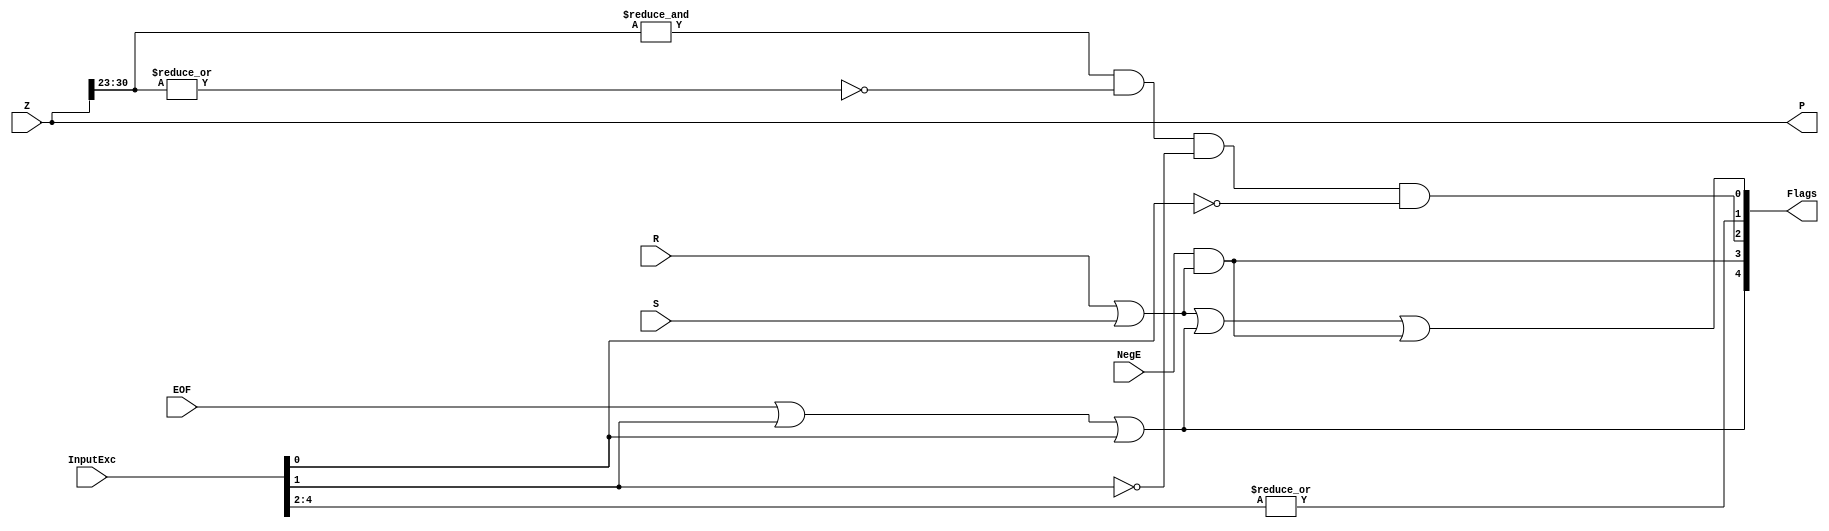
`timescale 1ns / 1ps

//////////////////////////////////////////////////////////////////////////////////
//
// Module Name:    FPAddSub_ExceptionModule 
// Project Name: 	 Floating Point Project
//
// Description:	 Check the final result for exception conditions and set
//						 flags accordingly.
//
//////////////////////////////////////////////////////////////////////////////////

module FPAddSub_ExceptionModule(
		Z,
		NegE,
		R,
		S,
		InputExc,
		EOF,
		P,
		Flags
    );
	 
	// Input ports
	input [31:0] Z	;					// Final product
	input NegE ;						// Negative exponent?
	input R ;							// Round bit
	input S ;							// Sticky bit
	input [4:0] InputExc ;			// Exceptions in inputs A and B
	input EOF ;
	
	// Output ports
	output [31:0] P ;					// Final result
	output [4:0] Flags ;				// Exception flags
	
	// Internal signals
	wire FSgn ;
	wire Overflow ;					// Overflow flag
	wire Underflow ;					// Underflow flag
	wire DivideByZero ;				// Divide-by-Zero flag (always 0 in Add/Sub)
	wire Invalid ;						// Invalid inputs or result
	wire Inexact ;						// Result is inexact because of rounding
	
	// Exception flags
	
	// Result is too big to be represented
	assign Overflow = EOF | InputExc[1] | InputExc[0] ;
	
	// Result is too small to be represented
	assign Underflow = NegE & (R | S);
	
	// Infinite result computed exactly from finite operands
	assign DivideByZero = &(Z[30:23]) & ~|(Z[30:23]) & ~InputExc[1] & ~InputExc[0];
	
	// Invalid inputs or operation
	assign Invalid = |InputExc[4:2] ;
	
	// Inexact answer due to rounding, overflow or underflow
	assign Inexact = (R | S) | Overflow | Underflow;
	
	// Put pieces together to form final result
	assign P = Z ;
	
	// Collect exception flags	
	assign Flags = {Overflow, Underflow, DivideByZero, Invalid, Inexact} ; 	
	
endmodule